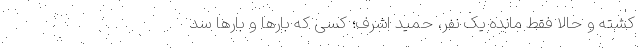
کشته و حالا فقط مانده یک نفر، حمید اشرف؛ کسی که بارها و بارها سد